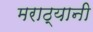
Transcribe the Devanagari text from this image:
मराठ्यानी